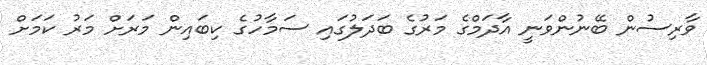
ވާރިސުން ބޭނުންވަނީ އާދަމްގެ މަރުގެ ބަދަލުގައި ސަމާހުގެ ކިބައިން މަރަށް މަރު ކަމަށް